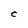
Character: C